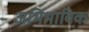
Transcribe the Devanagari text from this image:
अभिभाविक